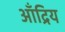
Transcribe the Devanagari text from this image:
आँद्रिय